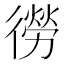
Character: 𭜃